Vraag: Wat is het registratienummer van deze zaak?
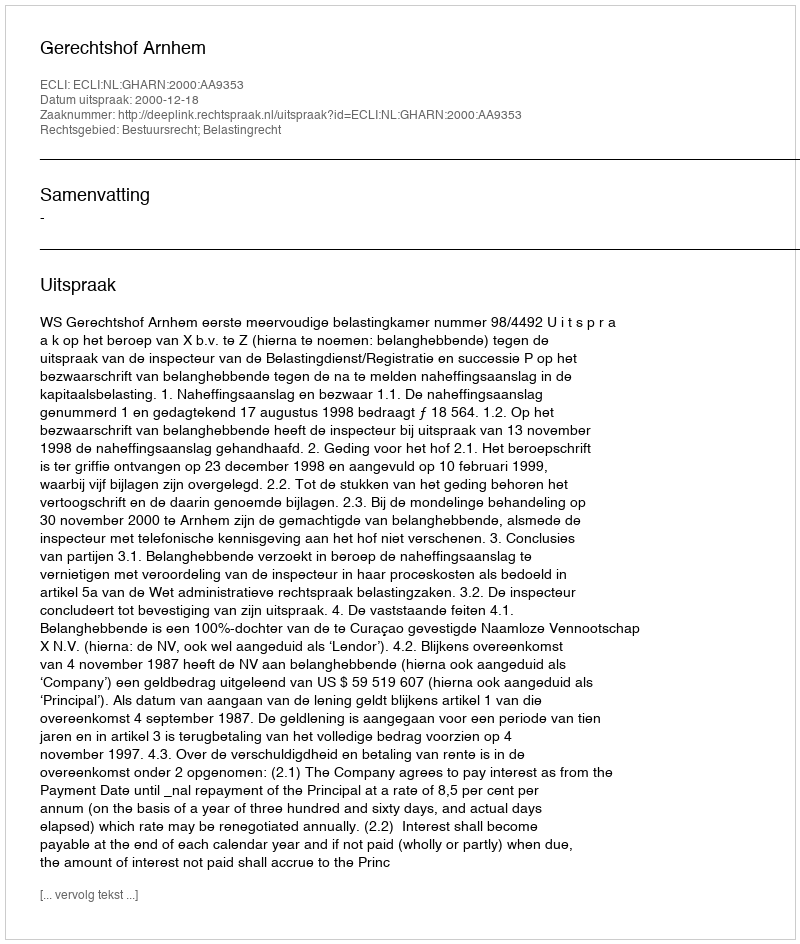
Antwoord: http://deeplink.rechtspraak.nl/uitspraak?id=ECLI:NL:GHARN:2000:AA9353